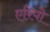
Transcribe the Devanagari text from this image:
एरिपो